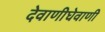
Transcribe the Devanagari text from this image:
देवाणीघेवाणी